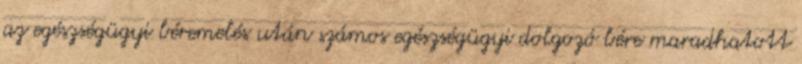
az egészségügyi béremelés után számos egészségügyi dolgozó bére maradhatott